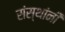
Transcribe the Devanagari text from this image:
संस्‍थांनी